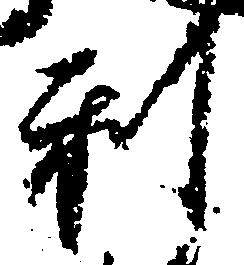
利